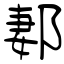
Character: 郪